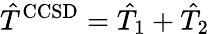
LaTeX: \hat{T}^{\mathrm{CCSD}}=\hat{T}_{1}+\hat{T}_{2}